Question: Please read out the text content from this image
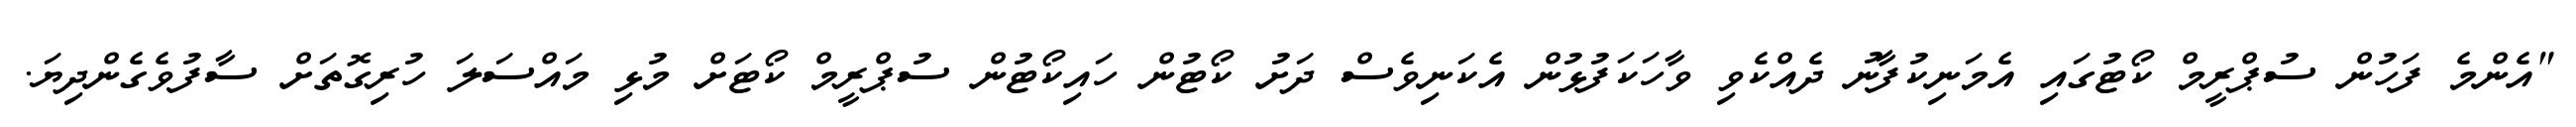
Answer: "އެންމެ ފަހުން ސުޕްރީމް ކޯޓުގައި އެމަނިކުފާނު ދެއްކެވި ވާހަކަފުޅުން އެކަނިވެސް ދަށު ކޯޓުން ހައިކޯޓުން ސުޕްރީމް ކޯޓަށް މުޅި މައްސަލަ ހުރިގޮތަށް ސާފުވެގެންދިޔަ.